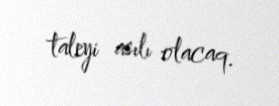
taleyi asılı olacaq.